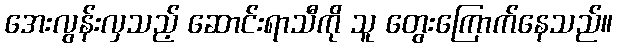
အေးလွန်းလှသည့် ဆောင်းရာသီကို သူ တွေးကြောက်နေသည်။